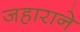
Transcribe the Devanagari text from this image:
जहाराने